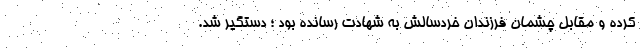
کرده و مقابل چشمان فرزندان خردسالش به شهادت رسانده بود ؛ دستگیر شد.